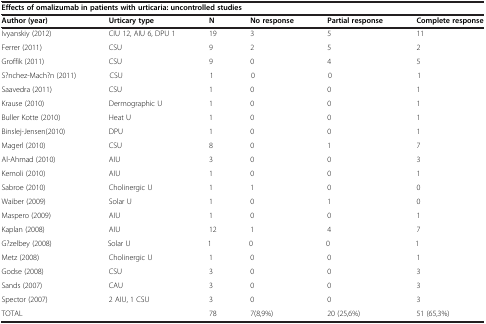
| <COLSPAN=6> Effects of omalizumab in patients with urticaria: uncontrolled studies |
 | Author (year) | Urticary type | N | No response | Partial response | Complete response |
 | --- | --- | --- | --- | --- | --- |
 | Ivyanskiy (2012) | CIU 12, AIU 6, DPU 1 | 19 | 3 | 5 | 11 |
 | Ferrer (2011) | CSU | 9 | 2 | 5 | 2 |
 | Groffik (2011) | CSU | 9 | 0 | 4 | 5 |
 | Sánchez-Machín (2011) | CSU | 1 | 0 | 0 | 1 |
 | Saavedra (2011) | CSU | 1 | 0 | 0 | 1 |
 | Krause (2010) | Dermographic U | 1 | 0 | 0 | 1 |
 | Buller Kotte (2010) | Heat U | 1 | 0 | 0 | 1 |
 | Binslej-Jensen(2010) | DPU | 1 | 0 | 0 | 1 |
 | Magerl (2010) | CSU | 8 | 0 | 1 | 7 |
 | Al-Ahmad (2010) | AIU | 3 | 0 | 0 | 3 |
 | Kemoli (2010) | AIU | 1 | 0 | 0 | 1 |
 | Sabroe (2010) | Cholinergic U | 1 | 1 | 0 | 0 |
 | Waiber (2009) | Solar U | 1 | 0 | 1 | 0 |
 | Maspero (2009) | AIU | 1 | 0 | 0 | 1 |
 | Kaplan (2008) | AIU | 12 | 1 | 4 | 7 |
 | Güzelbey (2008) | Solar U | 1 | 0 | 0 | 1 |
 | Metz (2008) | Cholinergic U | 1 | 0 | 0 | 1 |
 | Godse (2008) | CSU | 3 | 0 | 0 | 3 |
 | Sands (2007) | CAU | 3 | 0 | 0 | 3 |
 | Spector (2007) | 2 AIU, 1 CSU | 3 | 0 | 0 | 3 |
 | TOTAL |  | 78 | 7(8,9%) | 20 (25,6%) | 51 (65,3%) |